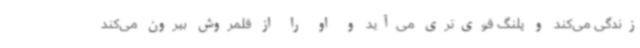
زندگی می‌کند و پلنگ قوی‌تری می‌آید و او را از قلمروش بیرون می‌کند